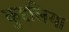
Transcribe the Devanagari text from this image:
कुद्दलिया